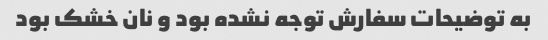
به توضیحات سفارش توجه نشده بود و نان خشک بود